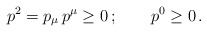
\begin{align*}p^2 = p_{\mu}\,p^\mu \ge 0\,; \qquad p^0 \ge 0\,.\end{align*}